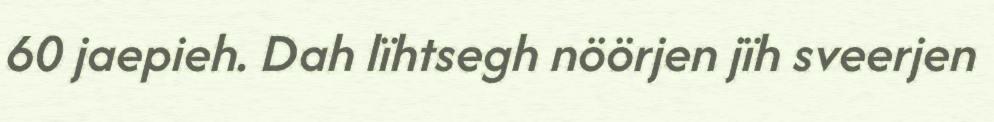
60 jaepieh. Dah lïhtsegh nöörjen jïh sveerjen